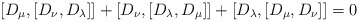
\begin{align*}[D_\mu , [D_\nu , D_\lambda ]] +[D_\nu , [D_\lambda , D_\mu ]] +[D_\lambda , [D_\mu , D_\nu ]] =0\end{align*}